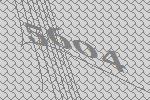
5604